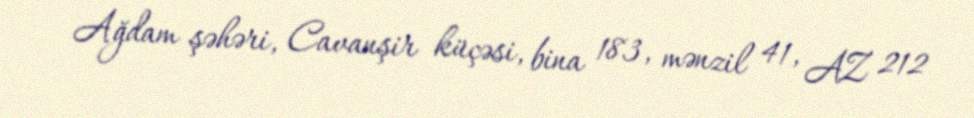
Ağdam şəhəri, Cavanşir küçəsi, bina 183, mənzil 41, AZ 212